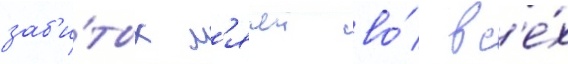
заб'и́тых м'ячеи во́ вс'е́х